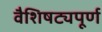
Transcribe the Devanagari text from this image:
वैशिषट्यपूर्ण